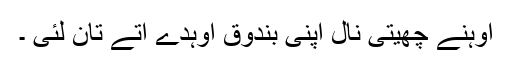
اوہنے چھیتی نال اپنی بندوق اوہدے اُتے تان لئی ۔